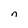
Character: n